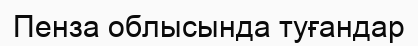
Пенза облысында туғандар